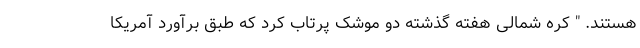
هستند. " کره شمالی هفته گذشته دو موشک پرتاب کرد که طبق برآورد آمریکا